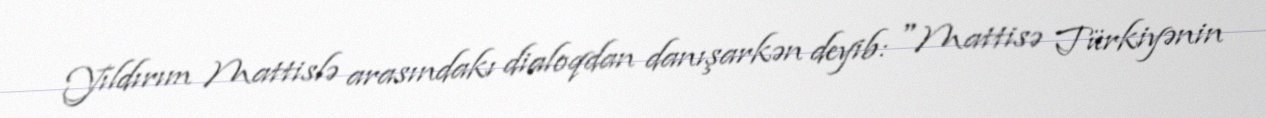
Yıldırım Mattislə arasındakı dialoqdan danışarkən deyib: "Mattisə Türkiyənin